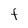
Character: F